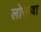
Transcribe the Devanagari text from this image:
लोसावा